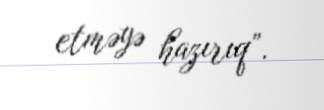
etməyə hazırıq”.